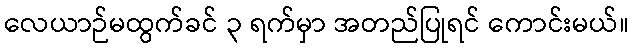
လေယာဉ်မထွက်ခင် ၃ ရက်မှာ အတည်ပြုရင် ကောင်းမယ်။